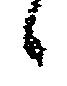
候